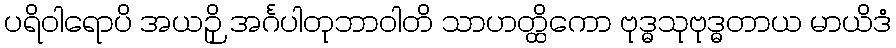
ပရိဝါရောပိ အယဉှိ အင်္ဂပါတုဘာဝါတိ သာဟတ္ထိကော ဗုဒ္ဓသုဗုဒ္ဓတာယ မာယိဒံ